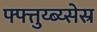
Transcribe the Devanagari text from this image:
फ्फ्त्तुय्ब्य्सेस्र